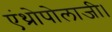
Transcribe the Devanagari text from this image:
एंथ्रोपोलाजी।